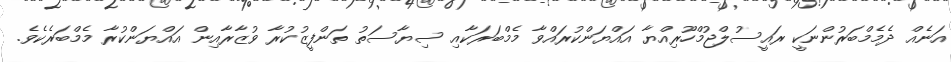
އަނެއް ދެމެމްބަރުންނަކީ ރައީސުލްޖުމްހޫރިއްޔާ އައްޔަންކުރައްވާ މެމްބަރަކާއި ސިޔާސަތު ތަންފީޒުކުރާ ވުޒާރާއިން އައްޔަންކުރާ މެމްބަރެކެވެ.